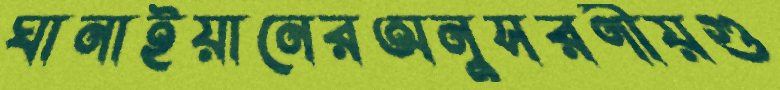
ঘানাইয়ানেরঅনুসরণীয়গু